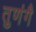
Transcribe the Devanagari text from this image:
तुणंगै